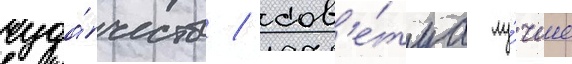
чуда́честв / сов'е́туа лу́чше